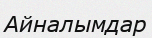
Айналымдар